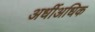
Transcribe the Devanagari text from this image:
अर्धीअधिक